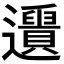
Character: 𨙑